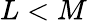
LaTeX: L<M